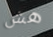
هش